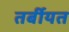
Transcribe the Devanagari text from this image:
तर्बीयत